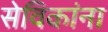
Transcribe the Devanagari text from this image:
सेविकांना